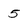
Character: 5